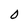
Character: 0